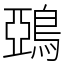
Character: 鵶